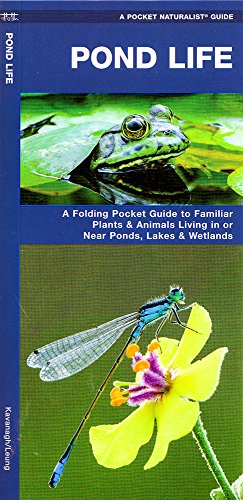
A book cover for Pond Life: A Folding Pocket Guide to Familiar Plants & Animals Living in or Near Ponds, Lakes & Wetlands (Pocket Naturalist Guide Series); James Kavanagh; Science & Math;